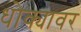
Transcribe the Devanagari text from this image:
धोक्यावर